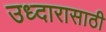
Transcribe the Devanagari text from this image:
उध्दारासाठी